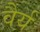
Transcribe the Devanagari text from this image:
वैर्य